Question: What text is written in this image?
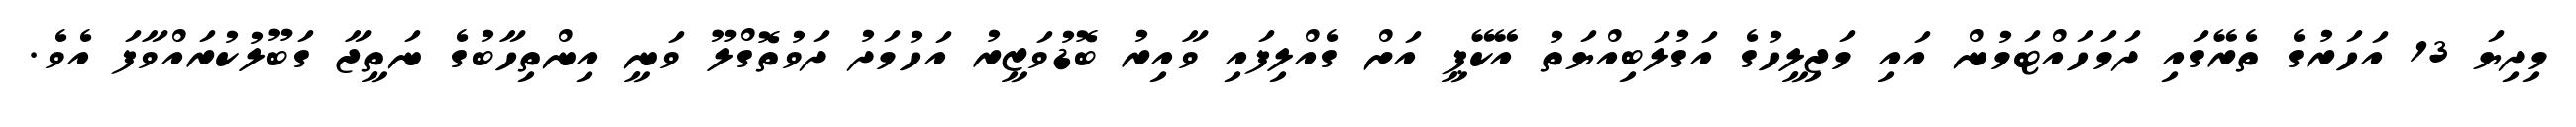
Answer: މިދިޔަ 13 އަހަރުގެ ތެރޭގައި ދަމަހައްޓަމުން އައި މަޖިލީހުގެ އަގުލަބިއްޔަތު އޭކޭޕީ އަށް ގެއްލިފައި ވާއިރު ބޮޑުވަޒީރު އަހުމަދު ދަވުތޮގްލޫ ވަނީ އިންތިހާބުގެ ނަތީޖާ ގަބޫލުކުރައްވާފަ އެވެ.